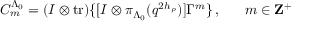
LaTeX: C _ { m } ^ { \Lambda _ { 0 } } = ( I \otimes \mathrm { t r } ) \{ [ I \otimes \pi _ { \Lambda _ { 0 } } ( q ^ { 2 h _ { \rho } } ) ] \Gamma ^ { m } \} \, , ~ ~ ~ ~ ~ m \in { \bf Z } ^ { + }